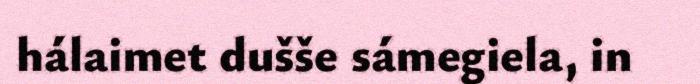
hálaimet dušše sámegiela, in